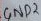
Text: GND2